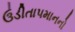
ઉડીતાપમાનનો